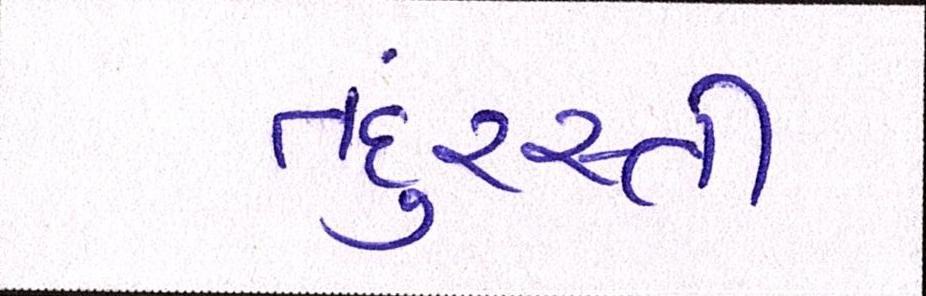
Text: તંદુરસ્તી